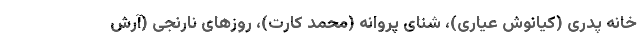
خانه پدری (کیانوش عیاری)، شنای پروانه (محمد کارت)، روزهای نارنجی (آرش